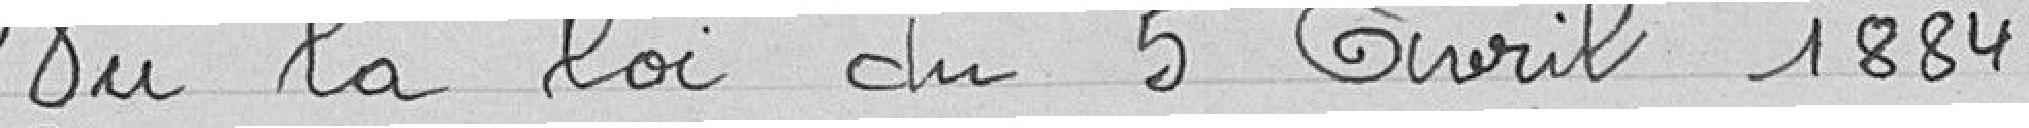
Vu la loi du 4 avril 1884,